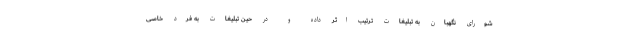
شورای نگهبان به تبلیغات ترتیب اثر داده و در حین تبلیغات به فرد خاصی